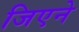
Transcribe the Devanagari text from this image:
जिएने